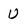
Character: U